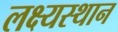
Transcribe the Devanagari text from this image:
लक्ष्यस्थान